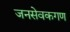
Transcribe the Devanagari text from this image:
जनसेवकगण